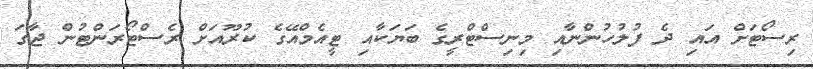
ރިސޯޓަށް އައި ދެ ފުލުހުންނާއި މިނިސްޓްރީގެ ބަޔަކާއި ޓީއެމްއޭގެ ކުރޫއަށް ރެސްޓޯރަންޓުން ޖާގަ